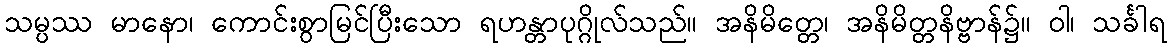
သမ္ပဿ မာနော၊ ကောင်းစွာမြင်ပြီးသော ရဟန္တာပုဂ္ဂိုလ်သည်။ အနိမိတ္တေ၊ အနိမိတ္တနိဗ္ဗာန်၌။ ဝါ၊ သင်္ခါရ